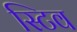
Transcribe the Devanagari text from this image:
स्टिव